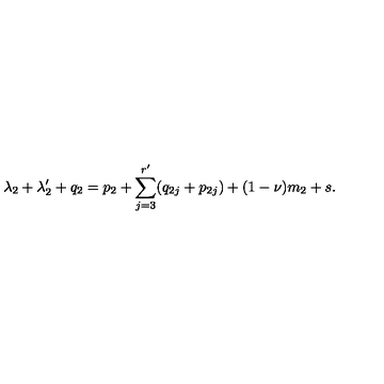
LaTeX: \lambda _ { 2 } + \lambda _ { 2 } ^ { \prime } + q _ { 2 } = p _ { 2 } + \sum _ { j = 3 } ^ { r ^ { \prime } } ( q _ { 2 j } + p _ { 2 j } ) + ( 1 - \nu ) m _ { 2 } + s .